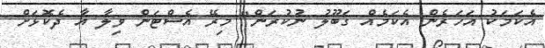
އެކަމަކު އަހަރެން އެކަމެއް ގަބޫލު ނުކުރަން" މިރޭ އެސްޓަން ވިލާ އާ ދެކޮޅަށް